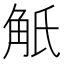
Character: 觗